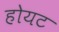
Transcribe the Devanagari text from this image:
होयट